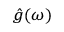
\scriptstyle { \hat { g } } ( \omega )